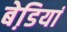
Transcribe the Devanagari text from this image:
बेडि़यां